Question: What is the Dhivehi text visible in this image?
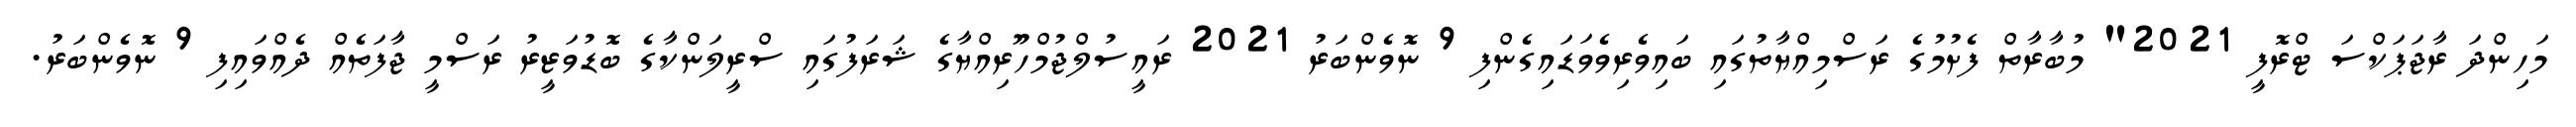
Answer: މަހިންދަ ރާޖަޕަކްސަ ޓްރޮފީ 2021" މުބާރާތް ފެށުމުގެ ރަސްމިއްޔާތުގައި ބައިވެރިވެވަޑައިގެންފި 9 ނޮވެންބަރު 2021 ރައީސުލްޖުމްހޫރިއްޔާގެ ޝަރަފުގައި ސްރީލަންކާގެ ބޮޑުވަޒީރު ރަސްމީ ޖާފަތެއް ދެއްވައިފި 9 ނޮވެންބަރު.